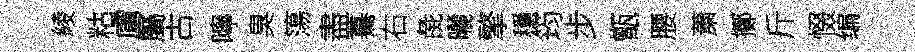
綾䊀虜屬古嚀臭簜盡驀右彘曬擎穩筠步甑腰䔥擲斤惙编